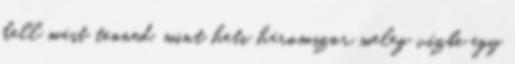
kell mást tenned, mint heti háromszor meleg vízbe egy